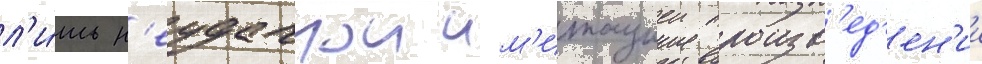
л'и́шь н'еудачнои им'итациеи произв'ед'ен'ии